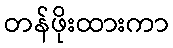
တန်ဖိုးထားကာ